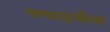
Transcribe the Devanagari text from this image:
स्पाइसेज